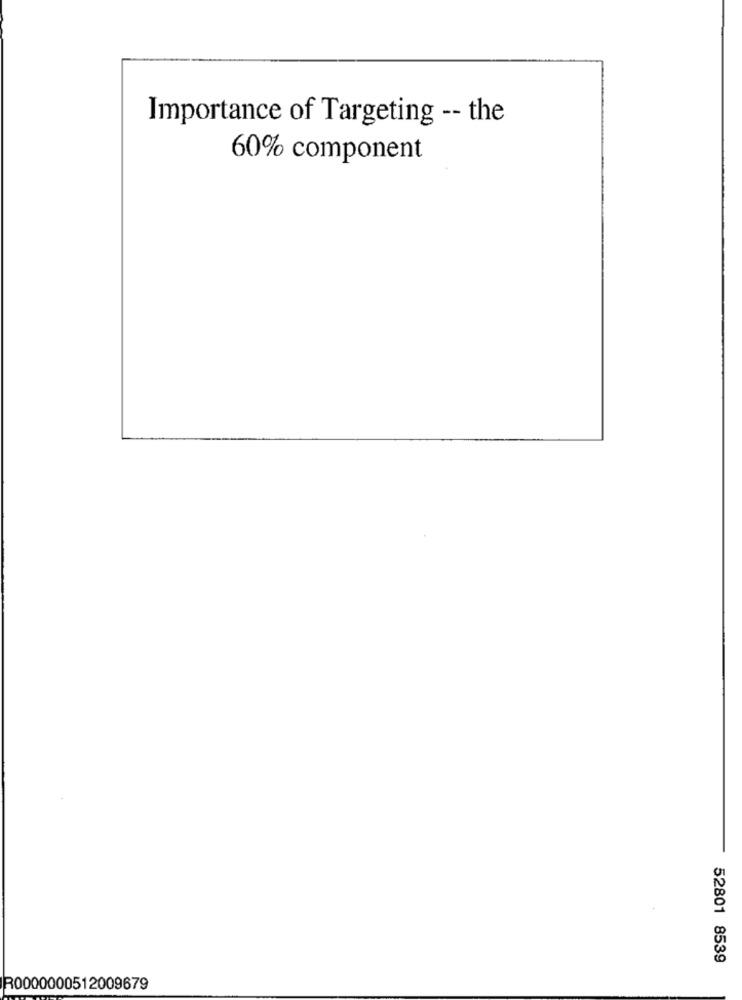
Importance of Targeting -- the
60% component
52801 8539
R0000000512009679